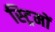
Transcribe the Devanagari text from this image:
स्ट्रिमों